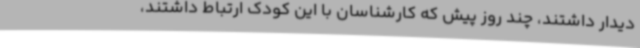
دیدار داشتند، چند روز پیش که کارشناسان با این کودک ارتباط داشتند،